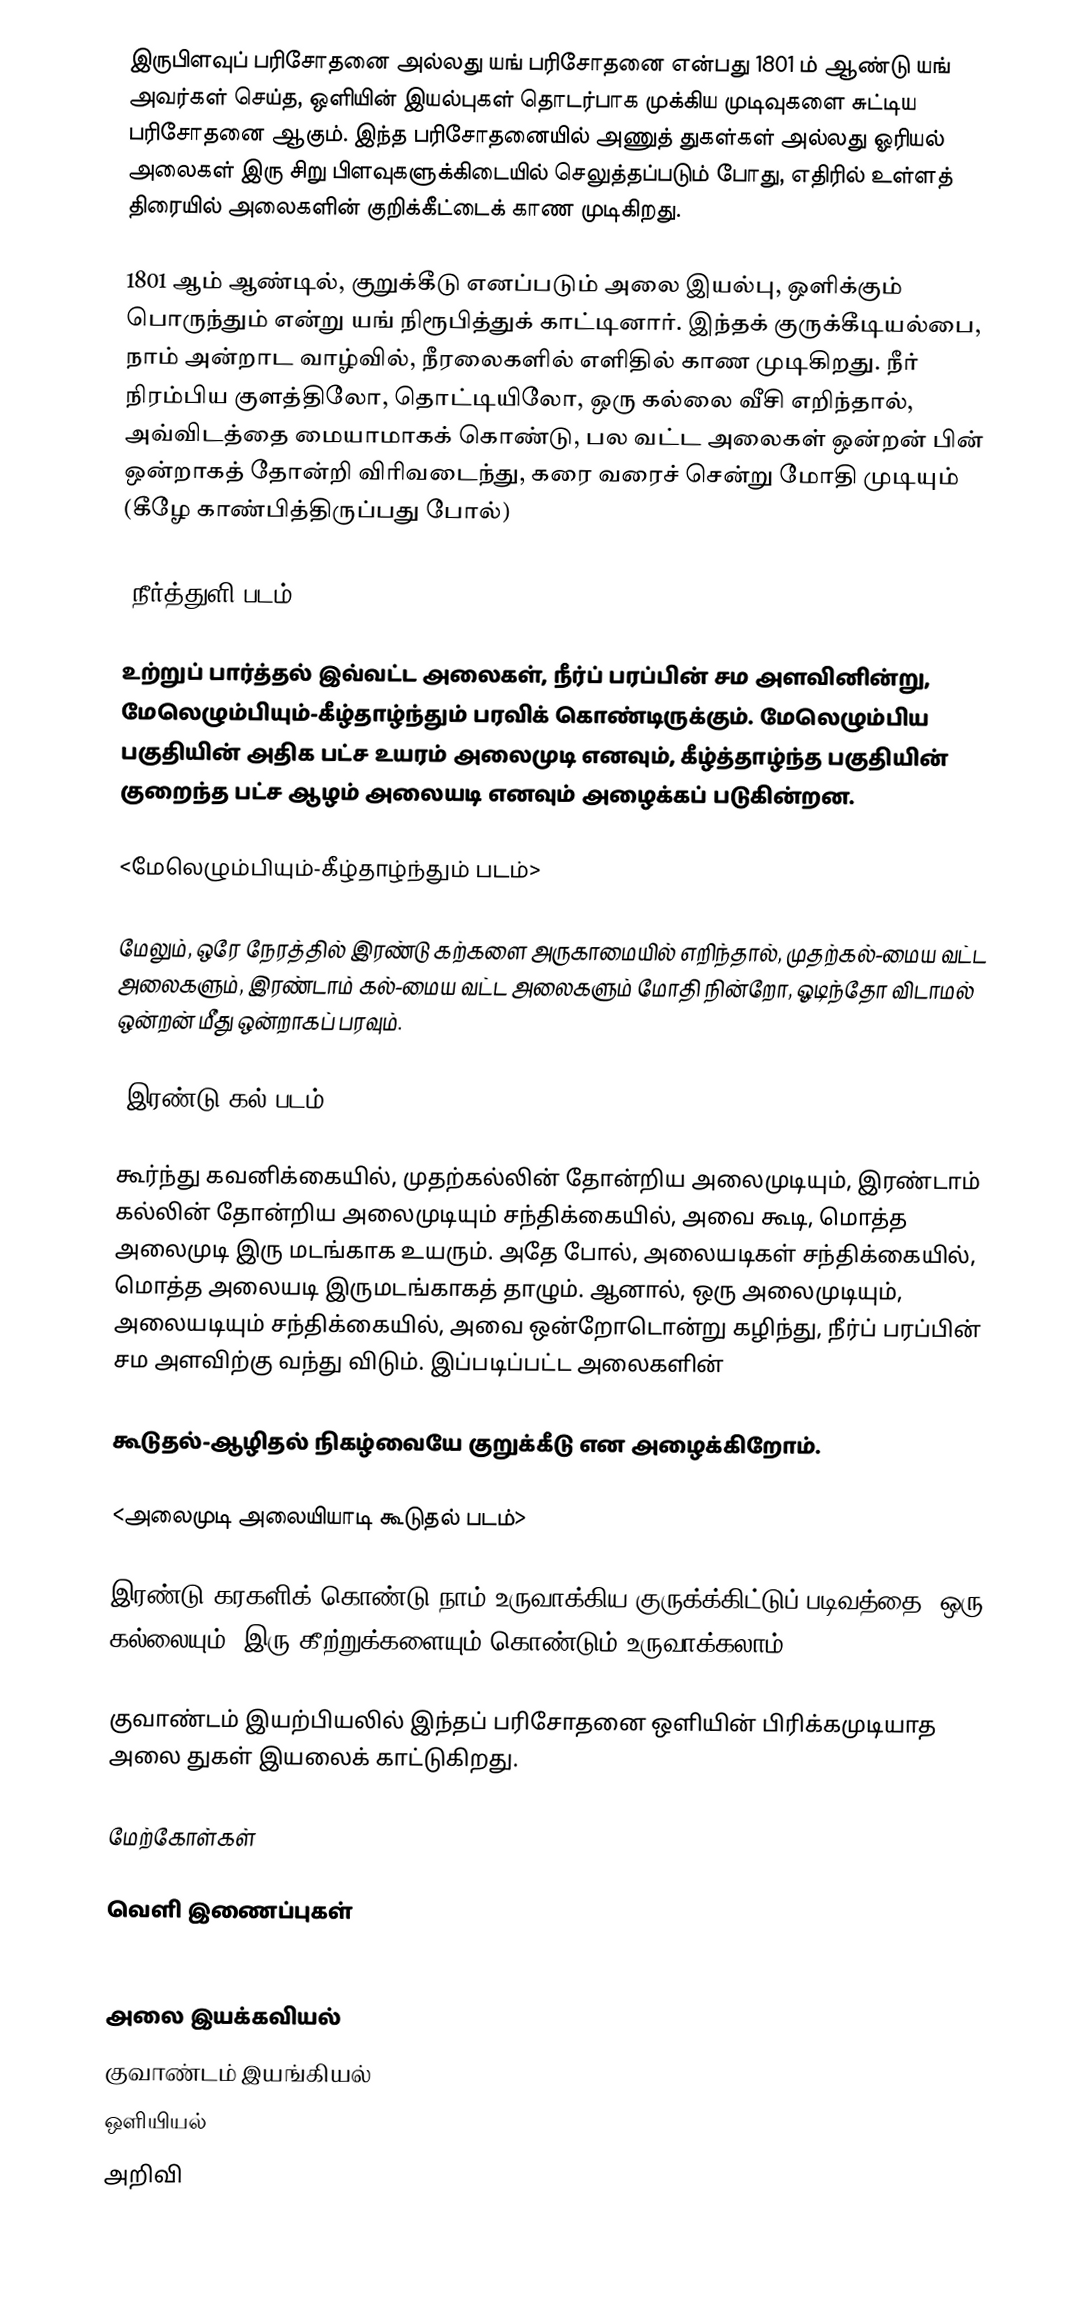
இருபிளவுப் பரிசோதனை அல்லது யங் பரிசோதனை என்பது 1801 ம் ஆண்டு யங் அவர்கள் செய்த, ஒளியின் இயல்புகள் தொடர்பாக முக்கிய முடிவுகளை சுட்டிய பரிசோதனை ஆகும். இந்த பரிசோதனையில் அணுத் துகள்கள் அல்லது ஓரியல் அலைகள் இரு சிறு பிளவுகளுக்கிடையில் செலுத்தப்படும் போது, எதிரில் உள்ளத் திரையில் அலைகளின் குறிக்கீட்டைக் காண முடிகிறது.

1801 ஆம் ஆண்டில், குறுக்கீடு எனப்படும் அலை இயல்பு, ஒளிக்கும் பொருந்தும் என்று யங் நிரூபித்துக் காட்டினார்.  இந்தக் குருக்கீடியல்பை, நாம் அன்றாட வாழ்வில், நீரலைகளில் எளிதில் காண முடிகிறது. நீர் நிரம்பிய குளத்திலோ, தொட்டியிலோ, ஒரு கல்லை வீசி எறிந்தால், அவ்விடத்தை மையாமாகக் கொண்டு, பல வட்ட அலைகள் ஒன்றன் பின் ஒன்றாகத் தோன்றி விரிவடைந்து, கரை வரைச் சென்று மோதி முடியும் (கீழே காண்பித்திருப்பது போல்)

<நீர்த்துளி படம்>

உற்றுப் பார்த்தல் இவ்வட்ட அலைகள், நீர்ப் பரப்பின் சம அளவினின்று, மேலெழும்பியும்-கீழ்தாழ்ந்தும் பரவிக் கொண்டிருக்கும். மேலெழும்பிய பகுதியின் அதிக பட்ச உயரம் அலைமுடி எனவும், கீழ்த்தாழ்ந்த  பகுதியின் குறைந்த பட்ச ஆழம் அலையடி எனவும் அழைக்கப் படுகின்றன.

<மேலெழும்பியும்-கீழ்தாழ்ந்தும் படம்>

மேலும், ஒரே நேரத்தில் இரண்டு கற்களை அருகாமையில் எறிந்தால், முதற்கல்-மைய வட்ட அலைகளும், இரண்டாம் கல்-மைய வட்ட அலைகளும் மோதி நின்றோ, ஓடிந்தோ விடாமல் ஒன்றன் மீது ஒன்றாகப் பரவும்.

<இரண்டு கல் படம்>

கூர்ந்து கவனிக்கையில், முதற்கல்லின் தோன்றிய அலைமுடியும், இரண்டாம் கல்லின் தோன்றிய அலைமுடியும் சந்திக்கையில், அவை கூடி, மொத்த அலைமுடி இரு மடங்காக உயரும். அதே போல், அலையடிகள் சந்திக்கையில், மொத்த அலையடி இருமடங்காகத் தாழும். ஆனால், ஒரு அலைமுடியும், அலையடியும் சந்திக்கையில், அவை ஒன்றோடொன்று கழிந்து, நீர்ப் பரப்பின் சம அளவிற்கு வந்து விடும். இப்படிப்பட்ட அலைகளின்

கூடுதல்-ஆழிதல் நிகழ்வையே குறுக்கீடு என அழைக்கிறோம்.

<அலைமுடி அலையியாடி கூடுதல் படம்>

இரண்டு கரகளிக் கொண்டு நாம் உருவாக்கிய குருக்க்கிட்டுப் படிவத்தை, ஒரு கல்லையும், இரு கீற்றுக்களையும் கொண்டும் உருவாக்கலாம்.

குவாண்டம் இயற்பியலில்  இந்தப் பரிசோதனை ஒளியின் பிரிக்கமுடியாத அலை துகள் இயலைக் காட்டுகிறது.

மேற்கோள்கள்

வெளி இணைப்புகள்
 Dr Quantum - Double Slit Experiment

அலை இயக்கவியல்
குவாண்டம் இயங்கியல்
ஒளியியல்
அறிவி